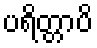
ပရိတ္တာပိ